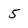
Character: 5